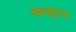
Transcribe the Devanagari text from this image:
पोस्चुरल